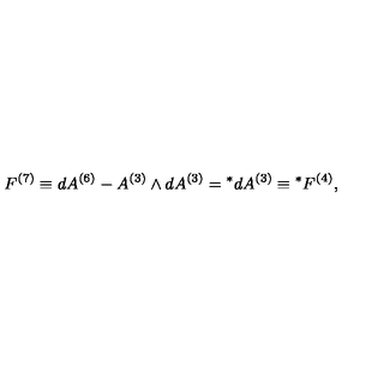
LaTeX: F ^ { ( 7 ) } \equiv d A ^ { ( 6 ) } - A ^ { ( 3 ) } \wedge d A ^ { ( 3 ) } = { } ^ { * } d A ^ { ( 3 ) } \equiv { } ^ { * } F ^ { ( 4 ) } ,